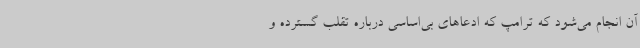
آن انجام می‌شود که ترامپ که ادعاهای بی‌اساسی درباره تقلب گسترده و